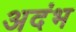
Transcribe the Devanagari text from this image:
अदंभ